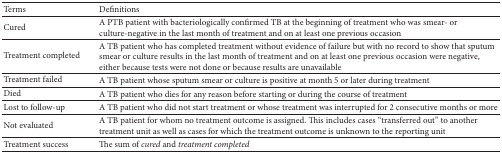
| Terms | Definitions |
 | --- | --- |
 | Cured | A PTB patient with bacteriologically confirmed TB at the beginning of treatment who was smear- or culture-negative in the last month of treatment and on at least one previous occasion |
 | Treatment completed | A TB patient who has completed treatment without evidence of failure but with no record to show that sputum smear or culture results in the last month of treatment and on at least one previous occasion were negative, either because tests were not done or because results are unavailable |
 | Treatment failed | A TB patient whose sputum smear or culture is positive at month 5 or later during treatment |
 | Died | A TB patient who dies for any reason before starting or during the course of treatment |
 | Lost to follow-up | A TB patient who did not start treatment or whose treatment was interrupted for 2 consecutive months or more |
 | Not evaluated | A TB patient for whom no treatment outcome is assigned. This includes cases “transferred out” to another treatment unit as well as cases for which the treatment outcome is unknown to the reporting unit |
 | Treatment success | The sum of cured and treatment completed |